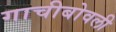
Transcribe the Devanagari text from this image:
गाचीबोवली